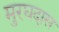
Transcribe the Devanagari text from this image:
मुरघदास